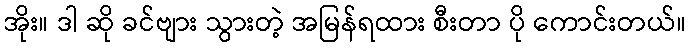
အိုး။ ဒါ ဆို ခင်ဗျား သွားတဲ့ အမြန်ရထား စီးတာ ပို ကောင်းတယ်။